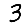
Digit: 3